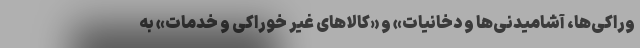
وراکی‌ها، آشامیدنی‌ها و دخانیات» و «کالاهای غیر خوراکی و خدمات» به